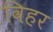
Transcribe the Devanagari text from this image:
विहर